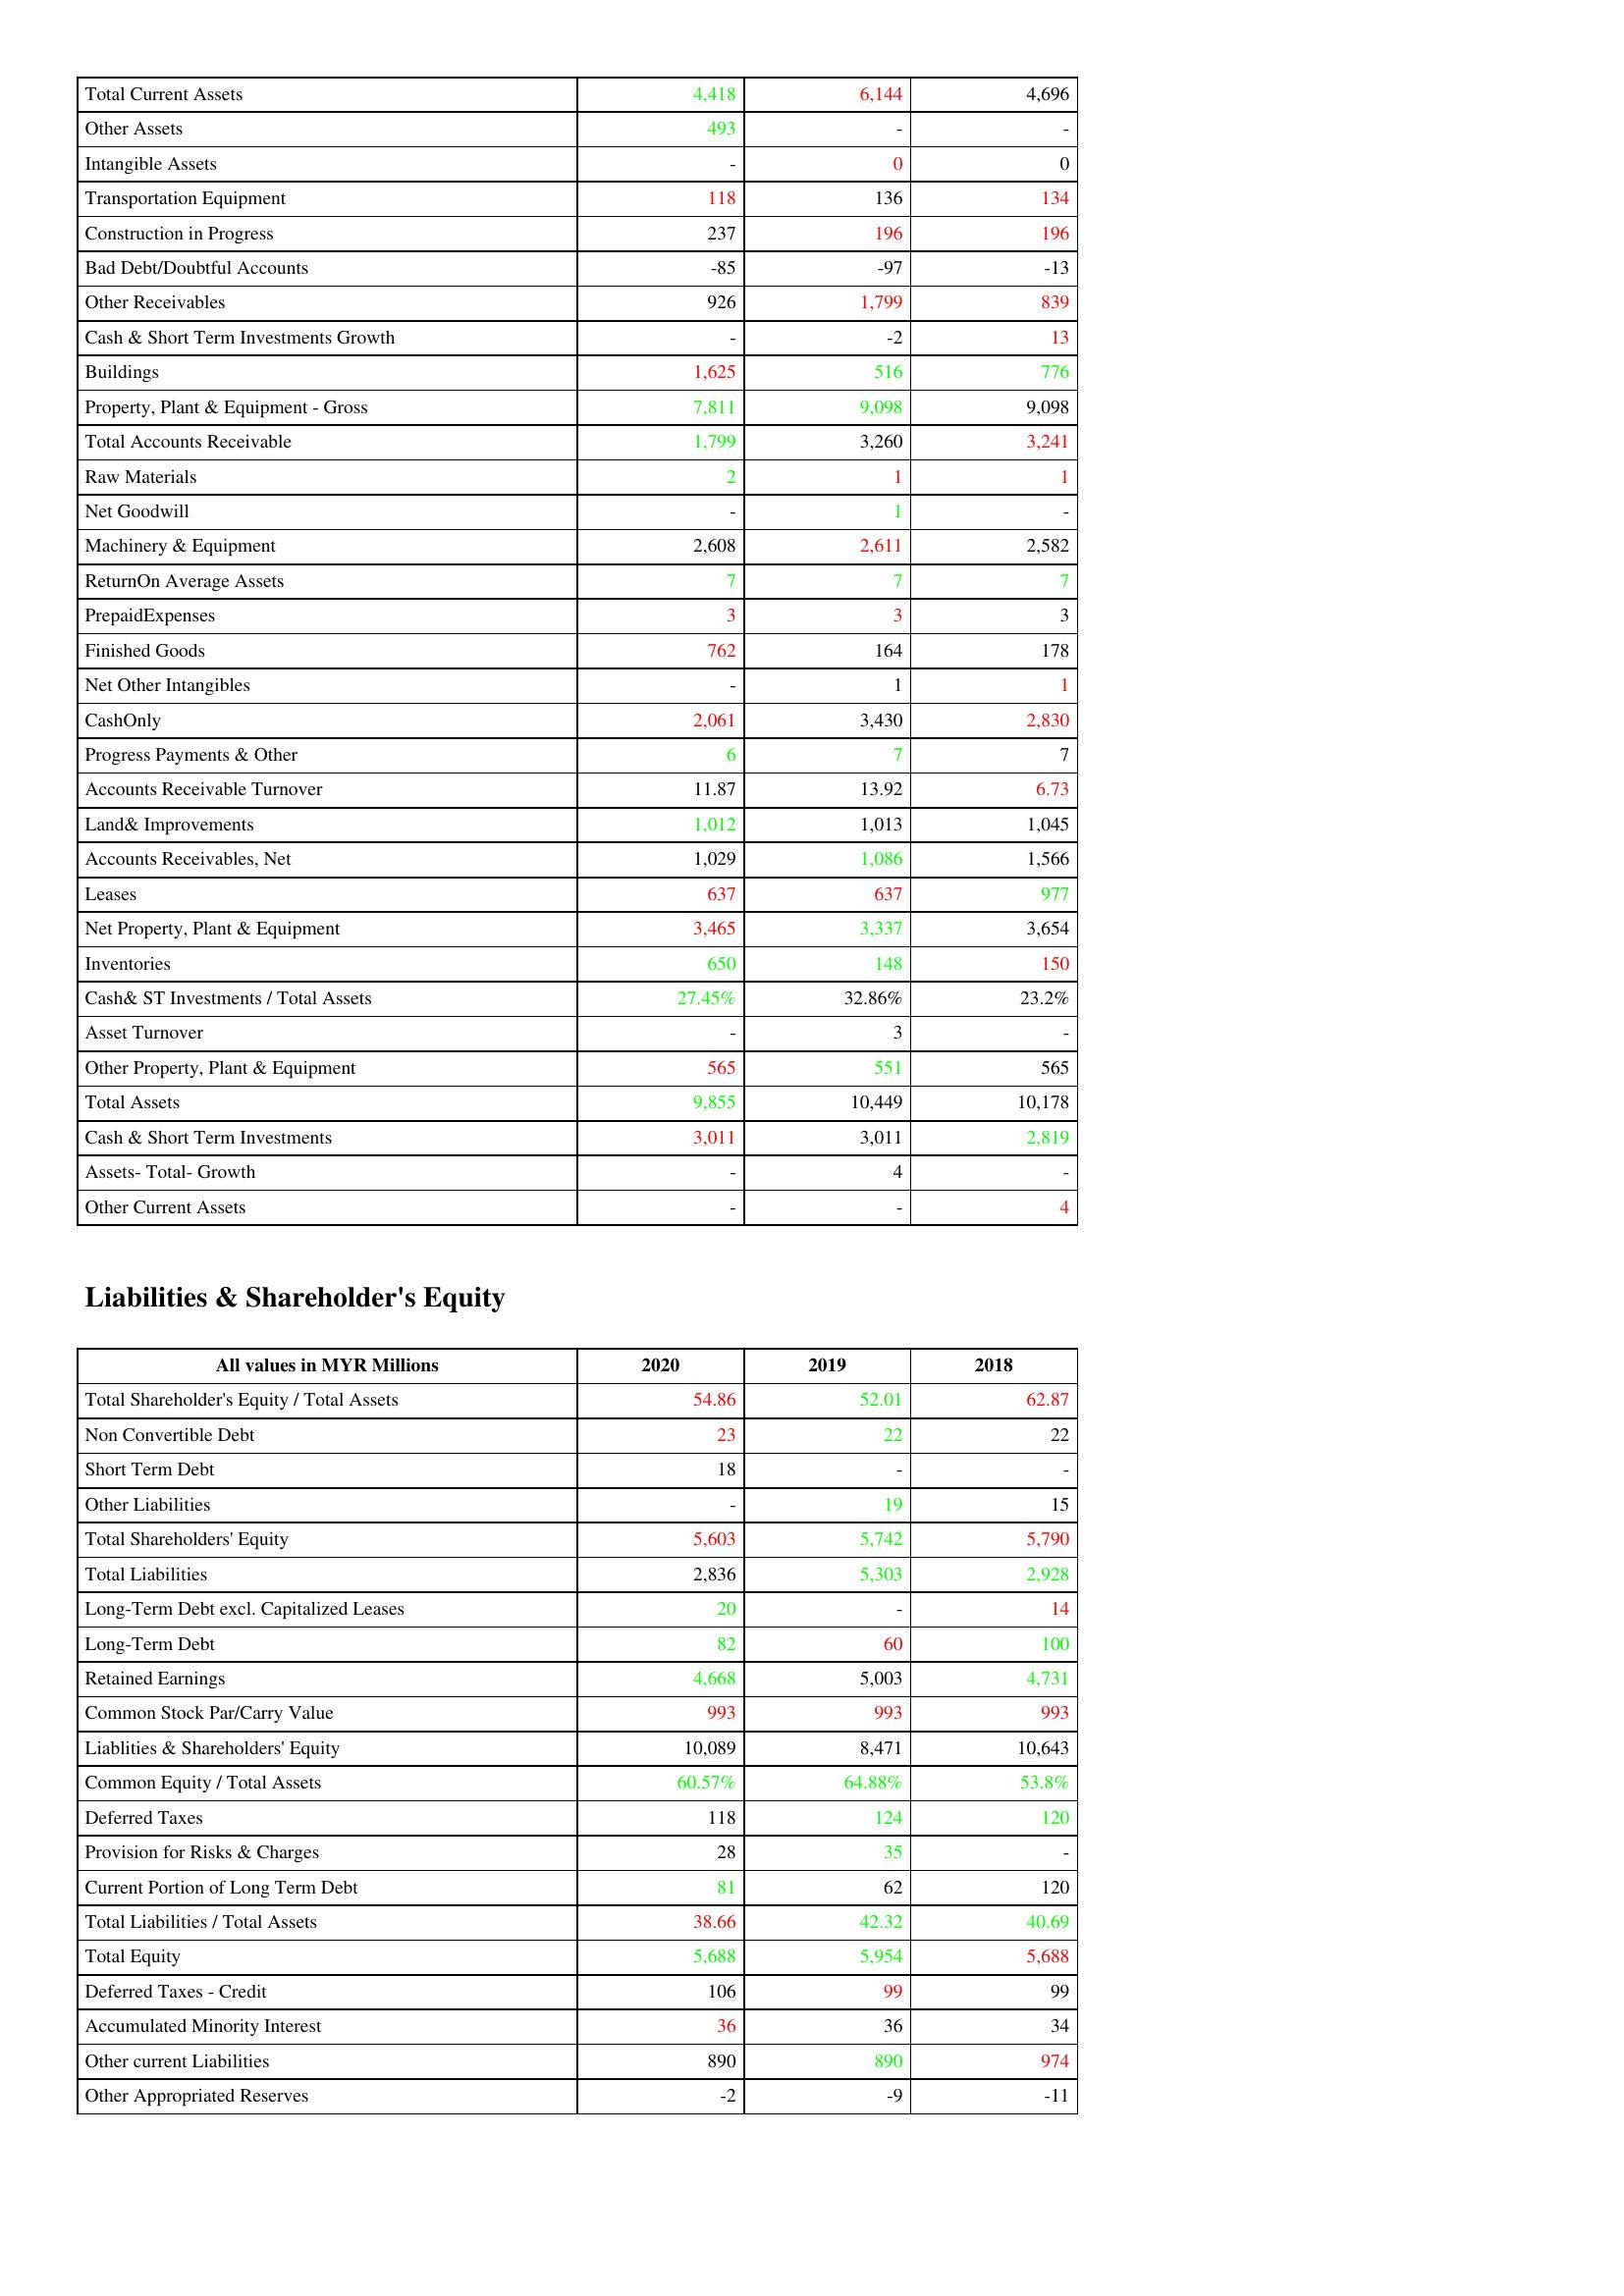
gt_parse: 2020: Assets: Total Current Assets: 4,418
Other Assets: 493
Intangible Assets: -
Transportation Equipment: 118
Construction in Progress: 237
Bad Debt/Doubtful Accounts: -85
Other Receivables: 926
Cash & Short Term Investments Growth: -
Buildings: 1,625
Property, Plant & Equipment - Gross : 7,811
Total Accounts Receivable: 1,799
Raw Materials: 2
Net Goodwill: -
Machinery & Equipment: 2,608
ReturnOn Average Assets: 7
PrepaidExpenses: 3
Finished Goods: 762
Net Other Intangibles: -
CashOnly: 2,061
Progress Payments & Other: 6
Accounts Receivable Turnover: 11.87
Land& Improvements: 1,012
Accounts Receivables, Net: 1,029
Leases: 637
Net Property, Plant & Equipment: 3,465
Inventories: 650
Cash& ST Investments / Total Assets: 27.45%
Asset Turnover: -
Other Property, Plant & Equipment: 565
Total Assets: 9,855
Cash & Short Term Investments: 3,011
Assets- Total- Growth: -
Other Current Assets: -
Liabilities & Shareholder's Equity: Total Shareholder's Equity / Total Assets: 54.86
Non Convertible Debt: 23
Short Term Debt: 18
Other Liabilities: -
Total Shareholders' Equity: 5,603
Total Liabilities: 2,836
Long-Term Debt excl. Capitalized Leases: 20
Long-Term Debt: 82
Retained Earnings: 4,668
Common Stock Par/Carry Value: 993
Liablities & Shareholders' Equity: 10,089
Common Equity / Total Assets: 60.57%
Deferred Taxes: 118
Provision for Risks & Charges: 28
Current Portion of Long Term Debt: 81
Total Liabilities / Total Assets: 38.66
Total Equity: 5,688
Deferred Taxes - Credit: 106
Accumulated Minority Interest: 36
Other current Liabilities: 890
Other Appropriated Reserves: -2
2019: Assets: Total Current Assets: 6,144
Other Assets: -
Intangible Assets: 0
Transportation Equipment: 136
Construction in Progress: 196
Bad Debt/Doubtful Accounts: -97
Other Receivables: 1,799
Cash & Short Term Investments Growth: -2
Buildings: 516
Property, Plant & Equipment - Gross : 9,098
Total Accounts Receivable: 3,260
Raw Materials: 1
Net Goodwill: 1
Machinery & Equipment: 2,611
ReturnOn Average Assets: 7
PrepaidExpenses: 3
Finished Goods: 164
Net Other Intangibles: 1
CashOnly: 3,430
Progress Payments & Other: 7
Accounts Receivable Turnover: 13.92
Land& Improvements: 1,013
Accounts Receivables, Net: 1,086
Leases: 637
Net Property, Plant & Equipment: 3,337
Inventories: 148
Cash& ST Investments / Total Assets: 32.86%
Asset Turnover: 3
Other Property, Plant & Equipment: 551
Total Assets: 10,449
Cash & Short Term Investments: 3,011
Assets- Total- Growth: 4
Other Current Assets: -
Liabilities & Shareholder's Equity: Total Shareholder's Equity / Total Assets: 52.01
Non Convertible Debt: 22
Short Term Debt: -
Other Liabilities: 19
Total Shareholders' Equity: 5,742
Total Liabilities: 5,303
Long-Term Debt excl. Capitalized Leases: -
Long-Term Debt: 60
Retained Earnings: 5,003
Common Stock Par/Carry Value: 993
Liablities & Shareholders' Equity: 8,471
Common Equity / Total Assets: 64.88%
Deferred Taxes: 124
Provision for Risks & Charges: 35
Current Portion of Long Term Debt: 62
Total Liabilities / Total Assets: 42.32
Total Equity: 5,954
Deferred Taxes - Credit: 99
Accumulated Minority Interest: 36
Other current Liabilities: 890
Other Appropriated Reserves: -9
2018: Assets: Total Current Assets: 4,696
Other Assets: -
Intangible Assets: 0
Transportation Equipment: 134
Construction in Progress: 196
Bad Debt/Doubtful Accounts: -13
Other Receivables: 839
Cash & Short Term Investments Growth: 13
Buildings: 776
Property, Plant & Equipment - Gross : 9,098
Total Accounts Receivable: 3,241
Raw Materials: 1
Net Goodwill: -
Machinery & Equipment: 2,582
ReturnOn Average Assets: 7
PrepaidExpenses: 3
Finished Goods: 178
Net Other Intangibles: 1
CashOnly: 2,830
Progress Payments & Other: 7
Accounts Receivable Turnover: 6.73
Land& Improvements: 1,045
Accounts Receivables, Net: 1,566
Leases: 977
Net Property, Plant & Equipment: 3,654
Inventories: 150
Cash& ST Investments / Total Assets: 23.2%
Asset Turnover: -
Other Property, Plant & Equipment: 565
Total Assets: 10,178
Cash & Short Term Investments: 2,819
Assets- Total- Growth: -
Other Current Assets: 4
Liabilities & Shareholder's Equity: Total Shareholder's Equity / Total Assets: 62.87
Non Convertible Debt: 22
Short Term Debt: -
Other Liabilities: 15
Total Shareholders' Equity: 5,790
Total Liabilities: 2,928
Long-Term Debt excl. Capitalized Leases: 14
Long-Term Debt: 100
Retained Earnings: 4,731
Common Stock Par/Carry Value: 993
Liablities & Shareholders' Equity: 10,643
Common Equity / Total Assets: 53.8%
Deferred Taxes: 120
Provision for Risks & Charges: -
Current Portion of Long Term Debt: 120
Total Liabilities / Total Assets: 40.69
Total Equity: 5,688
Deferred Taxes - Credit: 99
Accumulated Minority Interest: 34
Other current Liabilities: 974
Other Appropriated Reserves: -11